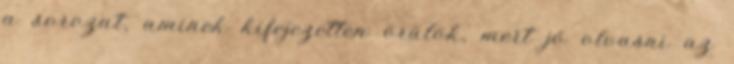
a sorozat, aminek kifejezetten örülök, mert jó olvasni az